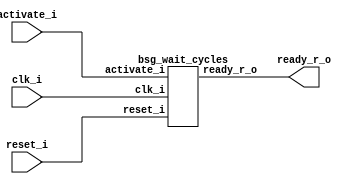
// This program was cloned from: https://github.com/chipsalliance/UHDM-integration-tests
// License: Apache License 2.0



module top
(
  clk_i,
  reset_i,
  activate_i,
  ready_r_o
);

  input clk_i;
  input reset_i;
  input activate_i;
  output ready_r_o;

  bsg_wait_cycles
  wrapper
  (
    .clk_i(clk_i),
    .reset_i(reset_i),
    .activate_i(activate_i),
    .ready_r_o(ready_r_o)
  );


endmodule



module bsg_wait_cycles
(
  clk_i,
  reset_i,
  activate_i,
  ready_r_o
);

  input clk_i;
  input reset_i;
  input activate_i;
  output ready_r_o;
  wire ready_r_o,N0,N1,N2,N3,N4,N5,N6,N7,N8,N9,N10,N11,N12,N13,N14,N15,N30,N16,N17,N18,
  N19,N20,N21,N22,N23,N24,N25,N26,N27,N28,N29,N31,N32,N33;
  wire [4:0] ctr_r,ctr_n;
  reg ctr_r_4_sv2v_reg,ctr_r_3_sv2v_reg,ctr_r_2_sv2v_reg,ctr_r_1_sv2v_reg,
  ctr_r_0_sv2v_reg,ready_r_o_sv2v_reg;
  assign ctr_r[4] = ctr_r_4_sv2v_reg;
  assign ctr_r[3] = ctr_r_3_sv2v_reg;
  assign ctr_r[2] = ctr_r_2_sv2v_reg;
  assign ctr_r[1] = ctr_r_1_sv2v_reg;
  assign ctr_r[0] = ctr_r_0_sv2v_reg;
  assign ready_r_o = ready_r_o_sv2v_reg;
  assign N21 = reset_i | activate_i;
  assign N22 = ~ctr_n[4];
  assign N23 = ctr_n[3] | N22;
  assign N24 = ctr_n[2] | N23;
  assign N25 = ctr_n[1] | N24;
  assign N26 = ctr_n[0] | N25;
  assign N27 = ~N26;
  assign N28 = ~ctr_r[4];
  assign N29 = ctr_r[3] | N28;
  assign N31 = ctr_r[2] | N29;
  assign N32 = ctr_r[1] | N31;
  assign N33 = ctr_r[0] | N32;
  assign { N10, N9, N8, N7, N6 } = ctr_r + 1'b1;
  assign ctr_n = (N0)? { 1'b1, 1'b0, 1'b0, 1'b0, 1'b0 } : 
                 (N12)? { 1'b0, 1'b0, 1'b0, 1'b0, 1'b0 } : 
                 (N15)? { N10, N9, N8, N7, N6 } : 
                 (N4)? ctr_r : 1'b0;
  assign N0 = reset_i;
  assign { N20, N19, N18, N17, N16 } = (N1)? { N9, N8, N7, N6, N10 } : 
                                       (N30)? { ctr_r[3:0], ctr_r[4:4] } : 1'b0;
  assign N1 = N33;
  assign N2 = activate_i | reset_i;
  assign N3 = N33 | N2;
  assign N4 = ~N3;
  assign N5 = N15;
  assign N11 = ~reset_i;
  assign N12 = activate_i & N11;
  assign N13 = ~activate_i;
  assign N14 = N11 & N13;
  assign N15 = N33 & N14;
  assign N30 = ~N33;

  always @(posedge clk_i) begin
    if(activate_i) begin
      ctr_r_4_sv2v_reg <= 1'b0;
    end else if(reset_i) begin
      ctr_r_4_sv2v_reg <= 1'b1;
    end else if(1'b1) begin
      ctr_r_4_sv2v_reg <= N16;
    end 
    if(N21) begin
      ctr_r_3_sv2v_reg <= 1'b0;
      ctr_r_2_sv2v_reg <= 1'b0;
      ctr_r_1_sv2v_reg <= 1'b0;
      ctr_r_0_sv2v_reg <= 1'b0;
    end else if(1'b1) begin
      ctr_r_3_sv2v_reg <= N20;
      ctr_r_2_sv2v_reg <= N19;
      ctr_r_1_sv2v_reg <= N18;
      ctr_r_0_sv2v_reg <= N17;
    end 
    if(1'b1) begin
      ready_r_o_sv2v_reg <= N27;
    end 
  end


endmodule